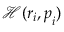
\mathcal { H } ( \boldsymbol { r } _ { i } , \boldsymbol { p } _ { i } )